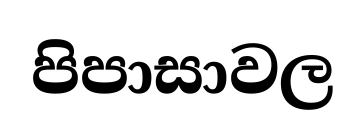
පිපාසාවල